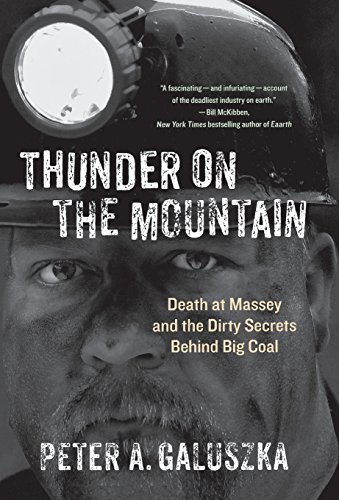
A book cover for Thunder on the Mountain: Death at Massey and the Dirty Secrets Behind Big Coal; Peter A. Galuszka; Politics & Social Sciences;